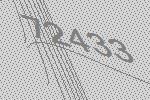
72433